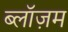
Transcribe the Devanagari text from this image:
ब्लॉज़म